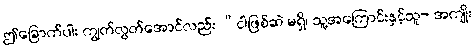
ဤခြောက်ပါး ကျွတ်လွတ်အောင်လည်း “ငါဖြစ်ဆဲ မရှိ၊ သူ့အကြောင်းနှင့်သူ- အကျိုး